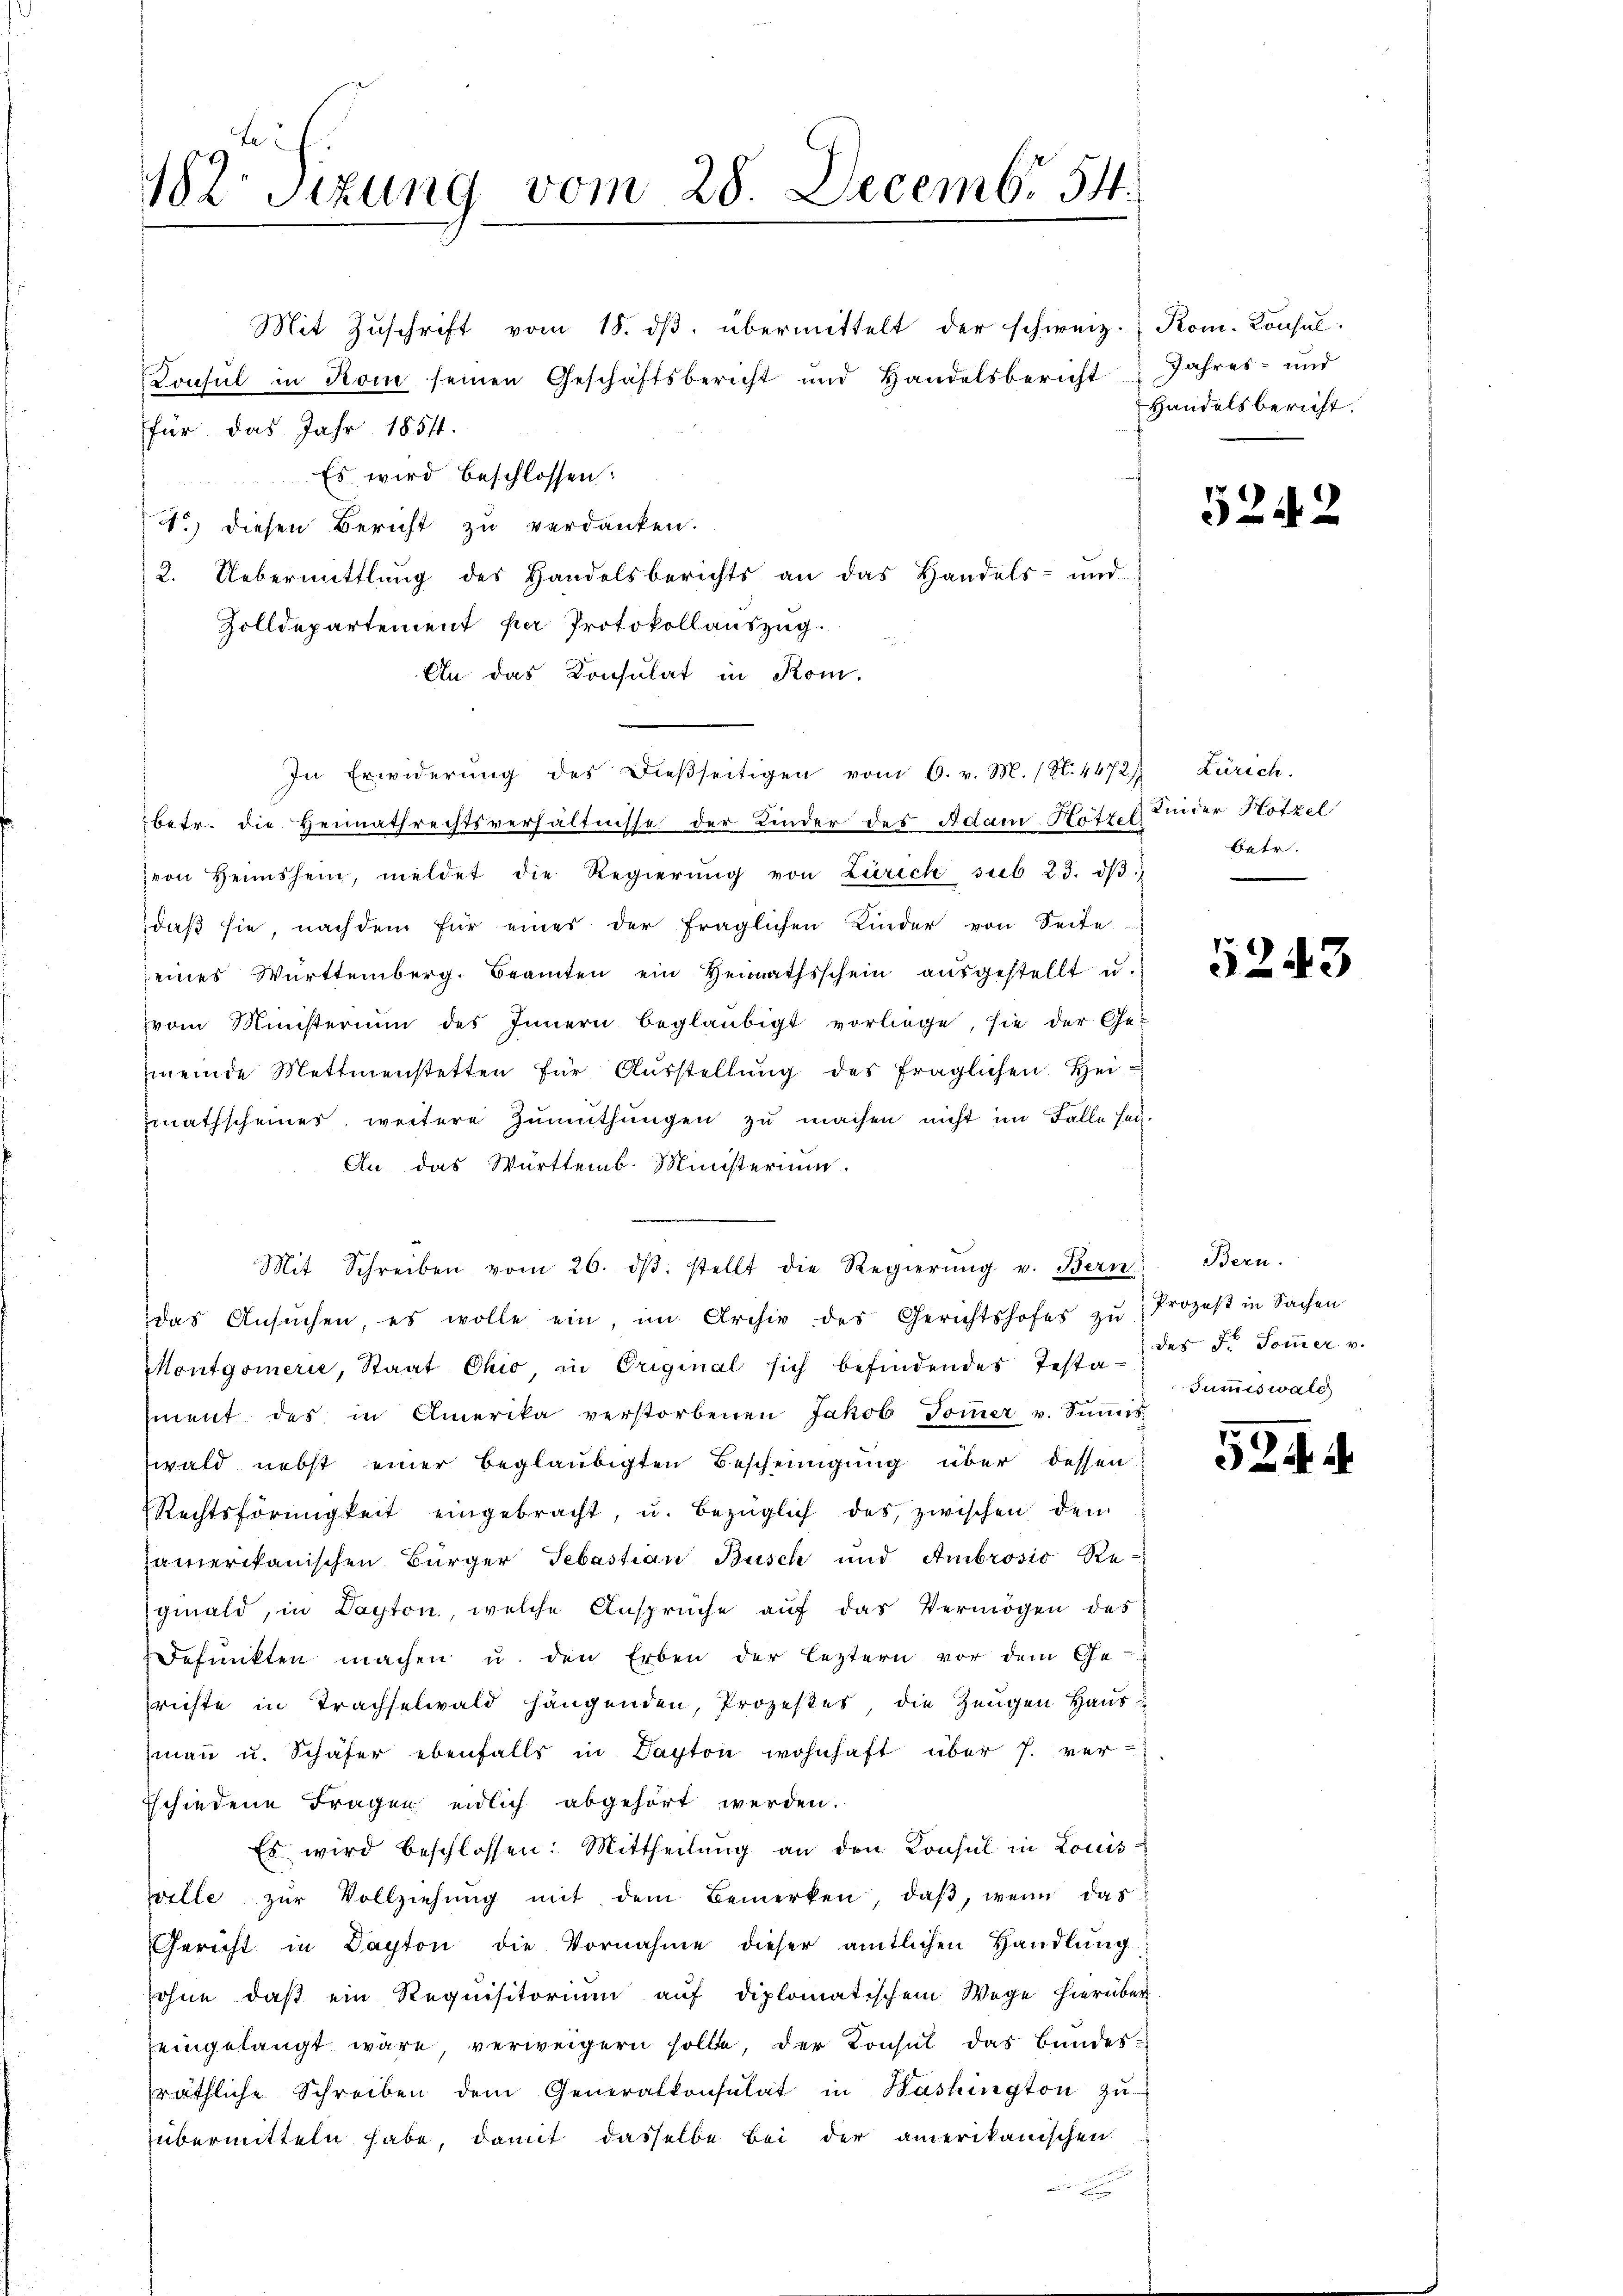
182 Sizung vom 28. Decembr 54.

Mit Zuschrift vom 18. ds. übermittelt der schweiz. Rom. Konsul-
Konsul in Rom seinen Geschäftsbericht und Handelsbericht
für das Jahr 1854.
Es wird beschlossen:
7) diesen Bericht zu verdanken.
2. Uebermittlung des Handelsberichts an das Handels- und
Zolldepartement par Protokollauszug.
An das Konsulat in Kom-
betr. die Heimathrechtsverhältnisse der Kinder des Adam Hötzel Kinder Hötzel
von Heimshein, meldet die Regierŭng von Zürich sub 23. dβ,
daβ sie, nachdem für eines der fraglichen Kinder von Seite
eines Württemberg. Beamten ein Heimathsschein ausgestellt u.
vom Ministerium des Innern beglaubigt vorliege, sie der Ge-
meinde Mettmenstetten für Aŭsstellŭng des fraglichen Hei-
mathscheiner, weitere Zumuthungen zu machen nicht im Falle sei.
An das Württemb. Ministerium
das Ansŭchen, es wolle ein, im Archiv des Gerichtshofes zŭ Prozeβ in Sachen
Montgomerie, Staat Ohio in Original sich befindendes Testa- des F. Soṁer v.
ment des in Amerika verstorbenen Jakob Tomer v. Sŭṁis
wald nebst einer beglaubigten Bescheinigung über dessen
Rechtsförmigkeit eingebracht, u. bezüglich des zwischen den
zamerikanischen Bürger Sebastian Busch und Ambrosio Re-
ginald, in Dapton, welche Ansprüche auf das Vermögen des
Defunkten machen u. den Erben der leztern vor dem Ge-
richte in Trachselwald hängenden, Prozeßes, die Zeugen Haus
maṅ u. Schäfer ebenfalls in Dapton wohnhaft über 7. ver-
Eschiedene Fragen eidlich abgehört werden.
Es wird beschlossen: Mittheilŭng an den Konsul in Louis
Wille zŭr Vollziehŭng mit dem Bemerken, daβ, wenn das
Gericht in Dapton die Vornahme dieser amtlichen Handlung
sohne daß ein Requisitorium auf diplomatischem Wege hierüber.
eingelangt wäre verweigern sollte, der Konsul das Bundesräthliche Schreiben dem Generalkonsulat in Washington zŭ
übermitteln habe, damit dasselbe bei der amerikanischen

In Erwiderŭng des Dieβseitigen vom 6. v. M. (N. 4472) Zürich.

Mit Schreiben vom 26. dβ. stellt die Regierŭng v. Bern. Bern.

Jahres- und
Handelsbericht.

5242

betr.

5243

Jummiswald

524

h